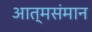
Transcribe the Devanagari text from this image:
आत्मसंमान